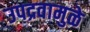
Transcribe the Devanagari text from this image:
उपद्रवामुळे